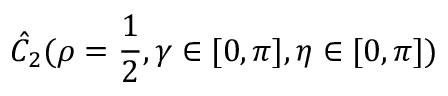
\hat { C } _ { 2 } ( \rho = \frac { 1 } { 2 } , \gamma \in [ 0 , \pi ] , \eta \in [ 0 , \pi ] )